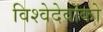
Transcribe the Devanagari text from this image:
विश्वेदेवोंको